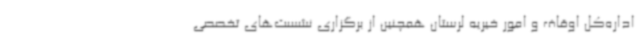
اداره‌کل اوقاف و امور خیریه لرستان همچنین از برگزاری نشست‌های تخصصی